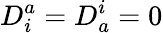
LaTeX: D_{i}^{a}=D_{a}^{i}=0